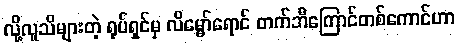
လို့လူသိများတဲ့ ရုပ်ရှင်မှ လိမ္မော်ရောင် တက်ဘီကြောင်တစ်ကောင်ဟာ